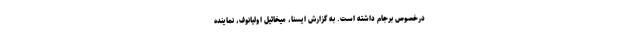
درخصوص برجام داشته است. به گزارش ایسنا، میخائیل اولیانوف، نماینده